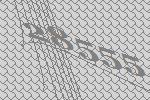
28555